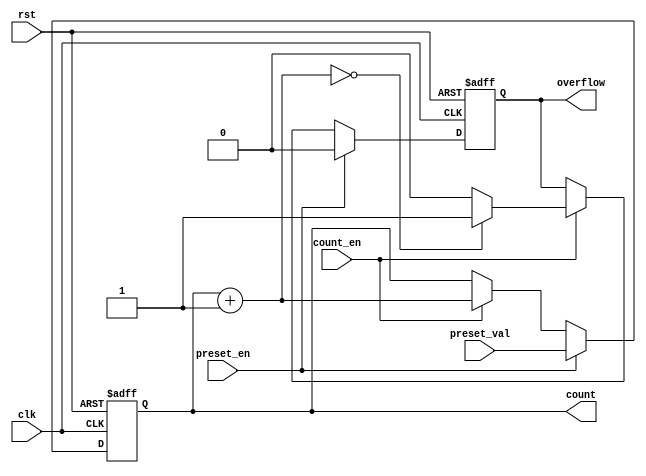
module presettable_counter #(
    parameter WIDTH = 8,          // Width of the counter (e.g., 8 bits)
    parameter RESET_VALUE = 0    // Reset value (default is zero)
)(
    input wire clk,                // Clock input
    input wire rst,                // Asynchronous reset
    input wire preset_en,          // Preset enable
    input wire [WIDTH-1:0] preset_val, // Preset value input
    input wire count_en,           // Count enable
    output reg [WIDTH-1:0] count,  // Current counter value
    output reg overflow            // Overflow indicator
);

    // Internal register to hold the next count value
    reg [WIDTH-1:0] next_count;

    always @(posedge clk or posedge rst) begin
        if (rst) begin
            count <= RESET_VALUE;   // Asynchronous reset to the reset value
            overflow <= 1'b0;       // Reset overflow flag
        end else if (preset_en) begin
            count <= preset_val;     // Load preset value
            overflow <= 1'b0;       // Reset overflow flag
        end else if (count_en) begin
            next_count = count + 1;  // Increment count
            if (next_count == 0) begin
                overflow <= 1'b1;     // Set overflow flag if wrapping occurs
            end else begin
                overflow <= 1'b0;     // Clear overflow flag
            end
            count <= next_count;      // Update count
        end
    end

endmodule